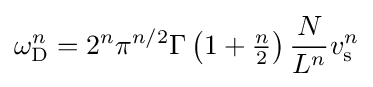
\omega _{\rm {D}}^{n}=2^{n}\pi ^{n/2}\Gamma \left(1+{\tfrac {n}{2}}\right){\frac {N}{L^{n}}}v_{\rm {s}}^{n}